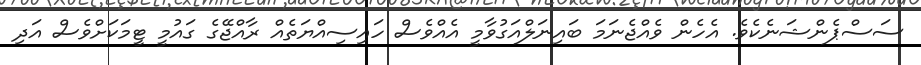
ސަސްޕެންޝަނެކެވެ. އެހެން ވެއްޖެނަމަ ބައިނަލްއަގުވާމީ އެއްވެސް ހައިސިއްޔަތެއް ރާއްޖޭގެ ގައުމީ ޓީމަކަށްވެސް އަދި